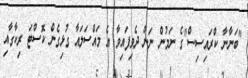
"ބަނާނާ ކްރައިސިސް"ގެ ނަމުން ނަން ދެވިފައިވާ އެ މައްސަލައާ ގުޅިގެން ކޮސްޓަ ރިކާގާއި